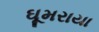
ઘૂમરાયા